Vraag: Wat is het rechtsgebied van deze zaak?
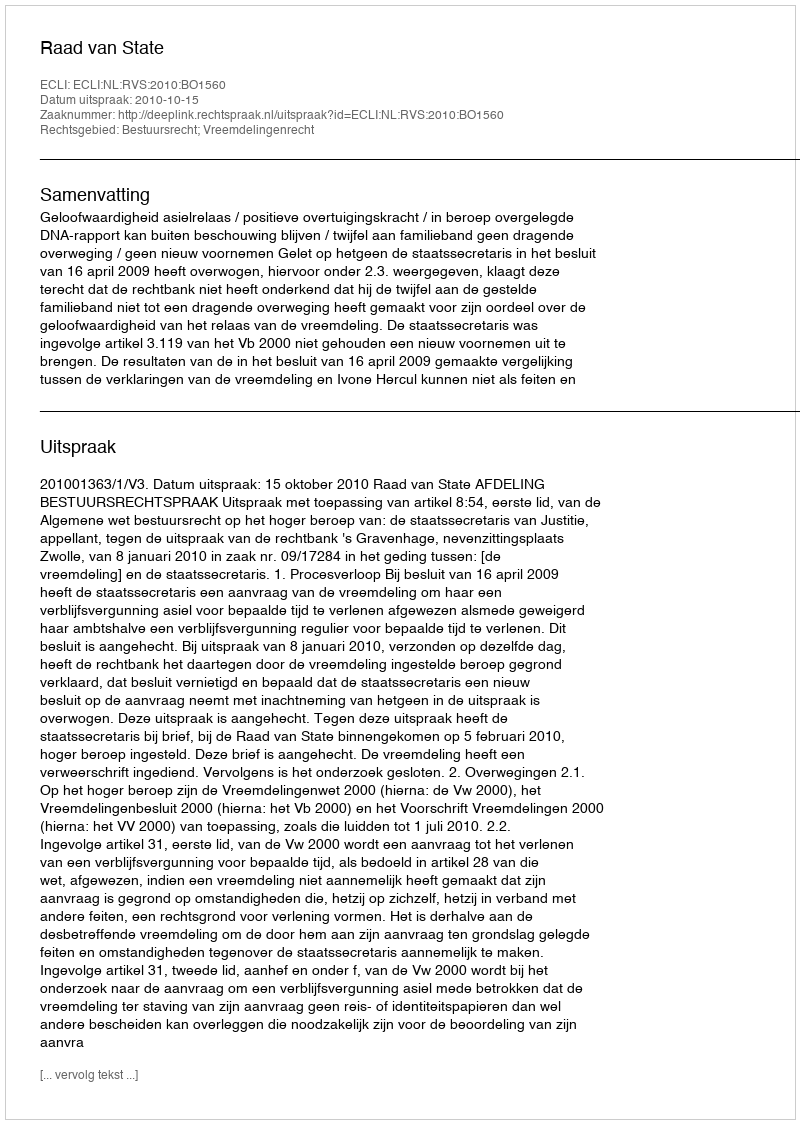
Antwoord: Bestuursrecht; Vreemdelingenrecht